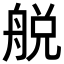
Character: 𦩃